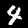
Label: 4